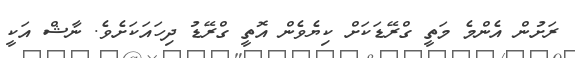
ރަށުން އެންމެ މަތީ ގްރޭޑަކަށް ކިޔެވެން އޮތީ ގްރޭޑު ދިހައަކަށެވެ. ނާޝް އަކީ